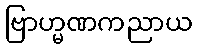
ဗြာဟ္မဏကညာယ